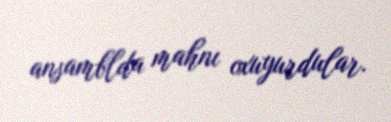
ansamblda mahnı oxuyurdular.